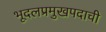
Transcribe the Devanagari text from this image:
भूदलप्रमुखपदाची